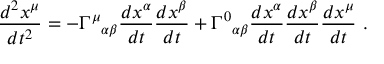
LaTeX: { \frac { d ^ { 2 } x ^ { \mu } } { d t ^ { 2 } } } = - \Gamma ^ { \mu } { } _ { \alpha \beta } { \frac { d x ^ { \alpha } } { d t } } { \frac { d x ^ { \beta } } { d t } } + \Gamma ^ { 0 } { } _ { \alpha \beta } { \frac { d x ^ { \alpha } } { d t } } { \frac { d x ^ { \beta } } { d t } } { \frac { d x ^ { \mu } } { d t } } \ .